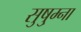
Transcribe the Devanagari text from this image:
सुषु्म्ना